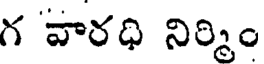
గ వారధి నిర్మిం